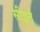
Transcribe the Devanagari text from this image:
सीइर्त